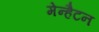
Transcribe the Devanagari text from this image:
मेन्हैटन